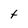
Character: t